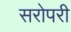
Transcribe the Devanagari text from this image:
सरोपरी